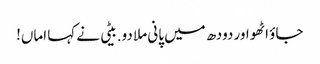
جاؤ اٹھو اور دودھ میں پانی ملا دو.بیٹی نے کہا اماں!